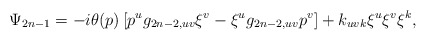
\begin{align*}\Psi_{2n-1}= -i\theta(p)\left[ p^ug_{2n-2,uv}\xi^v-\xi^ug_{2n-2,uv}p^v\right]+k_{uvk}\xi^u\xi^v\xi^k, \end{align*}